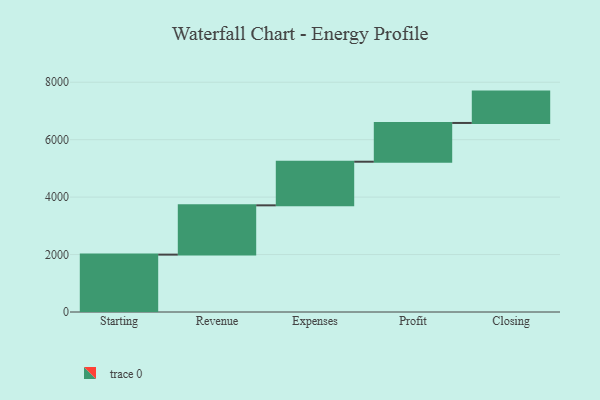
{"axis": {"x": "Step", "y": "Value"}, "legend": [""], "data": [{"x": "Starting", "y": 1998.0, "type": ""}, {"x": "Revenue", "y": 1716.0, "type": ""}, {"x": "Expenses", "y": 1519.0, "type": ""}, {"x": "Profit", "y": 1349.0, "type": ""}, {"x": "Closing", "y": 1092.0, "type": ""}]}